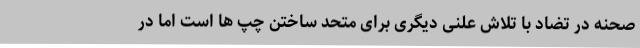
صحنه در تضاد با تلاش علنی دیگری برای متحد ساختن چپ ها است اما در